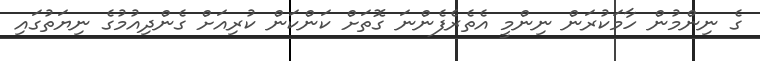
ގެ ނިންމުން ހާމަކުރަން ނިންމީ އެތެރެފެންނަ ގޮތަށް ކަންކަން ކުރިއަށް ގެންދިއުމުގެ ނިޔަތުގައި